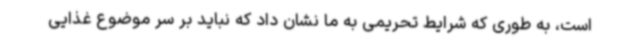
است، به طوری که شرایط تحریمی به ما نشان داد که نباید بر سر موضوع غذایی